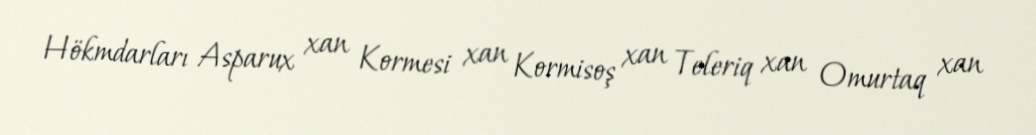
Hökmdarları Asparux xan Kormesi xan Kormisoş xan Teleriq xan Omurtaq xan